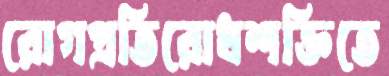
রোগপ্রতিরোধশক্তিতে